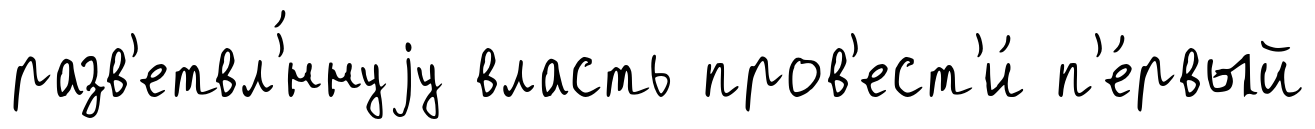
разв'етвл'́ннуjу власть пров'ест'и́ п'е́рвый